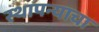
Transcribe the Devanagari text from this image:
स्थापन्याचा